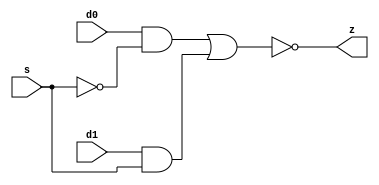
//#############################################################################
//# Function: 2-Input Inverting Mux                                           #
//# Copyright: Lambda Project Authors. All rights Reserved.                   #
//# License:  MIT (see LICENSE file in Lambda repository)                     #
//#############################################################################

module la_muxi2 #(
    parameter PROP = "DEFAULT"
) (
    input  d0,
    input  d1,
    input  s,
    output z
);

    assign z = ~((d0 & ~s) | (d1 & s));

endmodule